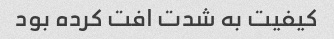
کیفیت به شدت افت کرده بود